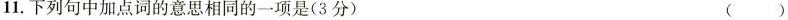
11.下列句中加点词的意思相同的一项是(3分) ()